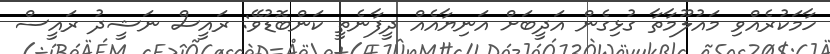
ހާމަކުރެއްވި މައުލޫމާތާ ގުޅިގެން އަދީބަށް އަނިޔާއެއް ދީފާނެތީ ކަންބޮޑުވޭ: ރައީސް ނަޝީދު ރައީސް